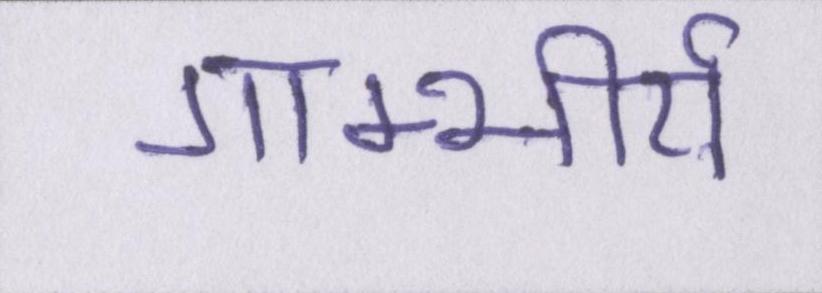
गाम्भीर्य